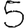
Digit: 5